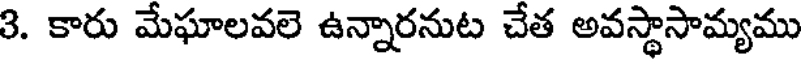
3. కారు మేఘాలవలె ఉన్నారనుట చేత అవస్థాసామ్యము